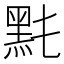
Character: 𪐠